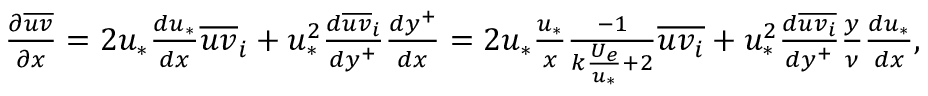
\begin{array} { r } { \frac { \partial \overline { { u v } } } { \partial x } = 2 u _ { * } \frac { d u _ { * } } { d x } \overline { { u v } } _ { i } + u _ { * } ^ { 2 } \frac { d \overline { { u v } } _ { i } } { d y ^ { + } } \frac { d y ^ { + } } { d x } = 2 u _ { * } \frac { u _ { * } } { x } \frac { - 1 } { k \frac { U _ { e } } { u _ { * } } + 2 } \overline { { u v _ { i } } } + u _ { * } ^ { 2 } \frac { d \overline { { u v _ { i } } } } { d y ^ { + } } \frac { y } { \nu } \frac { d u _ { * } } { d x } , } \end{array}